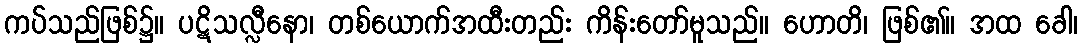
ကပ်သည်ဖြစ်၌။ ပဋိသလ္လီနော၊ တစ်ယောက်အထီးတည်း ကိန်းတော်မူသည်။ ဟောတိ၊ ဖြစ်၏။ အထ ခေါ၊